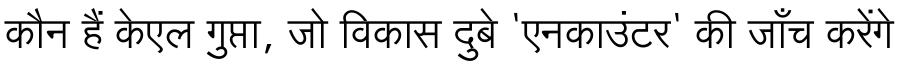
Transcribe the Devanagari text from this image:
कौन हैं केएल गुप्ता, जो विकास दुबे 'एनकाउंटर' की जाँच करेंगे